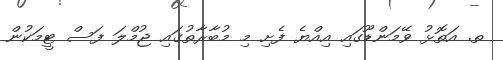
ތ. އަތޮޅު ވޭމަންޑޫގައި އިއްޔެ ފެށި މި މުބާރާތުގައި ޖުމްލަ ފަސް ޓީމަކުން